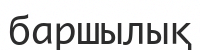
баршылық